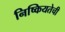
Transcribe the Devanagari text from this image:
निष्कियतेची